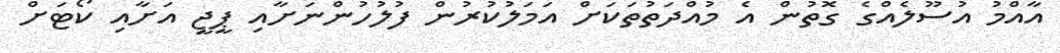
އާއްމު އުސޫލެއްގެ ގޮތުން އެ މުއްދަތުތަކަށް އަމަލުކުރުން ފުލުހުންނަށާއި ޕީޖީ އަށާއި ކޯޓަށް